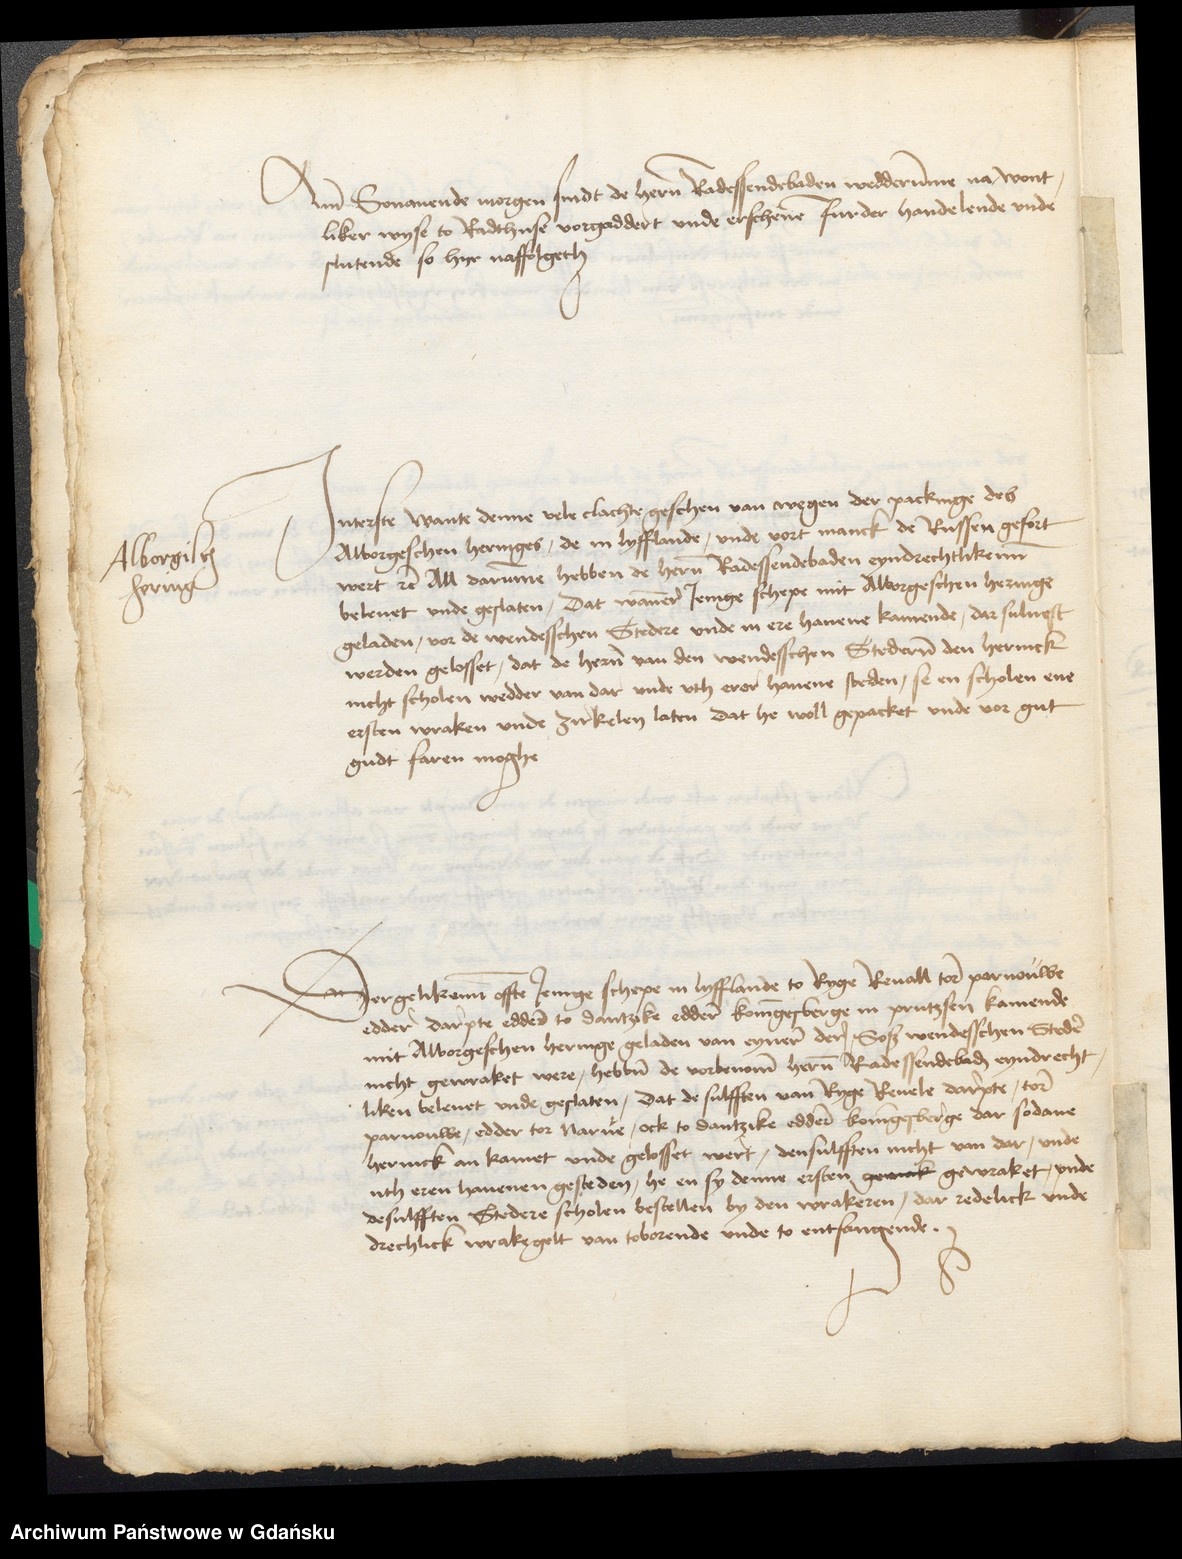
Ame Sonauende morgen sindt de heren Radessendebaden wedderumme na wont¬
liker wyse to Radthuse vorgaddert vnde erschenen furder handelende vnde
slutende, so hyr naffolgeth.

Jnterste wante denne vele clachte geschen van wegen der packinge des
Alborgeschen heringes, de in Lyfflande, vnde vort manck de Russen gefort
wert etcetera All darumme hebben de heren Radessendebaden eyndrechtlikenn
beleuet vnde geslaten, dat wanner Jenige schepe mit Alborgeschen heringe
geladen, vor de wendesschen Stedere vnde in ere hauene kamende, dar suluest
werden gelosset, dat de heren van den wendesschen Stederen den herinck
nicht scholen wedder van dar vnde vth erer hauene steden, se en scholen ene
ersten wraken vnde zirkelen laten dat he woll gepacket vnde vor gut
gudt faren moghe.

Alborgisch
hering

Dergelikenn offte Jenige schepe in Lyfflande to Ryge Reuall tore Parnouwe
edder Darpte edder to Dantzike edder Koningesberge in Prutzsen kamende
mit Alborgeschen heringe geladen van eyner der Soß wendesschen Steder
nicht gewraket were, hebben de vorbenomen heren Radessendebaden eyndrecht¬
liken beleuet vnde geslaten, dat de sulfften van Ryge Reuele Darpte, tore
Parnouwe, edder tor Narue, ock to Dantzike edder Koningesberge dar sodane
hernick an kamet vnde gelosset wert, densulfften nicht van dar, vnde
uth eren hauenen gesteden, he en sy denne ersten geweck gewraket, vnde
desulfften Stedere scholen bestellen by den wrakeren, dar redelick vnde
drechlick wrakegelt van toborende vnde to entfangende.